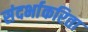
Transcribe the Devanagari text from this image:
संदर्भाकरिता